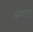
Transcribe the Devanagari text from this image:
ओमाहांगू